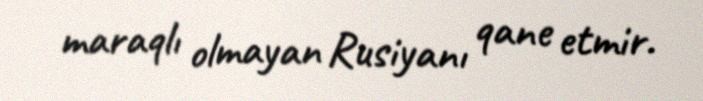
maraqlı olmayan Rusiyanı qane etmir.